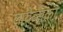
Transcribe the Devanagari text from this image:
लायेव्सका